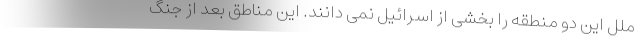
ملل این دو منطقه را بخشی از اسرائیل نمی دانند. این مناطق بعد از جنگ